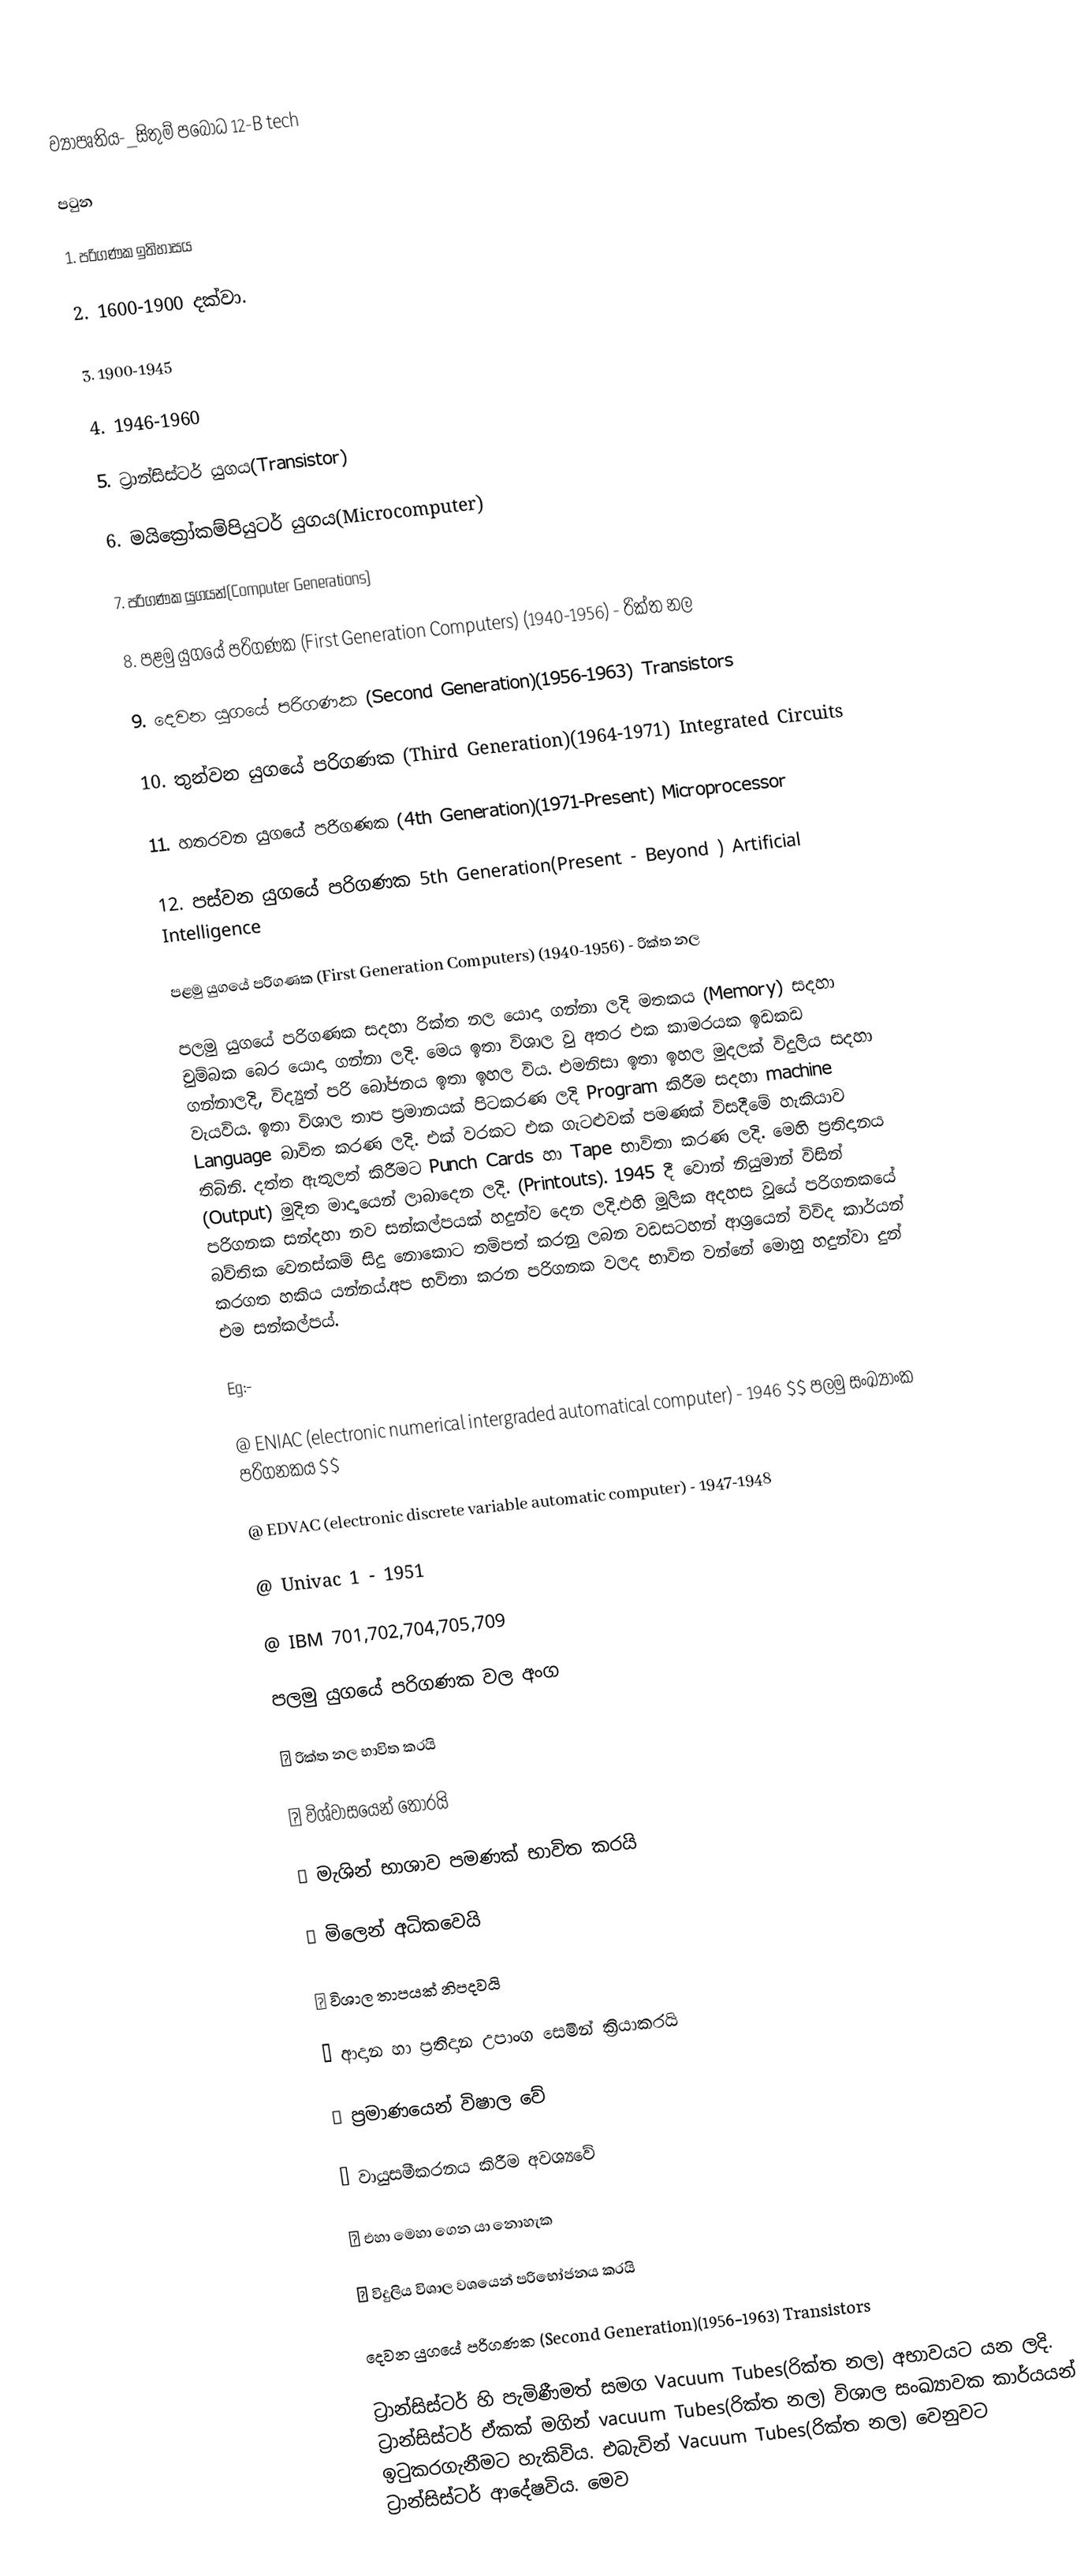
ව්‍යාපෘතිය-_සිතුම් පබෝධ 12-B tech

පටුන

1.  පරිගණක ඉතිහාසය

2.  1600-1900 දක්වා.

3.  1900-1945

4.  1946-1960

5.  ට්‍රාන්සිස්ටර් යුගය(Transistor)

6.  මයික්‍රෝකම්පියුටර් යුගය(Microcomputer)

7.  පරිගණක යුගයන්(Computer Generations)

8.  පළමු යුගයේ පරිගණක (First Generation Computers) (1940-1956) - රික්ත නල

9.  දෙවන යුගයේ පරිගණක (Second Generation)(1956-1963) Transistors

10. තුන්වන යුගයේ පරිගණක (Third Generation)(1964-1971) Integrated Circuits

11. හතරවන යුගයේ පරිගණක (4th Generation)(1971-Present) Microprocessor

12. පස්වන යුගයේ පරිගණක 5th Generation(Present - Beyond ) Artificial Intelligence                                                                                                                    

පළමු යුගයේ පරිගණක (First Generation Computers) (1940-1956) - රික්ත නල

පලමු යුගයේ පරිගණක සදහා රික්ත නල යොදා ගන්නා ලදි මතකය (Memory) සදහා චුම්බක බෙර යොදා ගන්නා ලදි. මෙය ඉතා විශාල වු අතර එක කාමරයක ඉඩකඩ ගන්නාලදි, විද්‍යුත් පරි බෝජනය ඉතා ඉහල විය. එමනිසා ඉතා ඉහල මුදලක් විදුලිය සදහා වැයවිය. ඉතා විශාල තාප ප්‍රමානයක් පිටකරණ ලදි Program කිරීම සදහා machine Language බාවිත කරණ ලදි. එක් වරකට එක ගැටළුවක් පමණක් විසදීමේ හැකියාව තිබිනි. දත්ත ඇතුලත් කිරීමට Punch Cards හා Tape භාවිතා කරණ ලදි. මෙහි ප්‍රතිදානය (Output) මුදිත මාද්‍යයෙන් ලාබාදෙන ලදි. (Printouts). 1945 දී වොන් නියුමාන් විසින් පරිගනක සන්දහා නව සන්කල්පයක් හදුන්ව දෙන ලදි.එහි මූලික අදහස වූයේ පරිගනකයේ බව්තික වෙනස්කම් සිදු නොකොට තම්පත් කරනු ලබන වඩසටහන් ආශ්‍රයෙන් විවිද කාර්යන් කරගත හකිය යන්නය්.අප භවිතා කරන පරිගනක වලද භාවිත වන්නේ මොහු හදුන්වා දුන් එම සන්කල්පය්.

Eg:-

    @ ENIAC (electronic numerical intergraded automatical computer) - 1946 $$ පලමු සංඛ්‍යාංක පරිගනකය $$

    @ EDVAC (electronic discrete variable automatic computer) - 1947-1948

    @ Univac 1 - 1951

     @ IBM 701,702,704,705,709

පලමු යුගයේ පරිගණක වල අංග

⦁    රික්ත නල භාවිත කරයි

⦁    විශ්වාසයෙන් තොරයි

⦁    මැශින් භාශාව පමණක් භාවිත කරයි

⦁    මිලෙන් අධිකවෙයි

⦁    විශාල තාපයක් නිපදවයි

⦁    ආදාන හා ප්‍රතිදාන උපාංග සෙමින් ක්‍රියාකරයි

⦁    ප්‍රමාණයෙන් විෂාල වේ

⦁    වායුසමීකරනය කිරීම අවශ්‍යවේ

⦁    එහා මෙහා ගෙන යා නොහැක

⦁    විදුලිය විශාල වශයෙන් පරිභෝජනය කරයි

දෙවන යුගයේ පරිගණක (Second Generation)(1956-1963) Transistors

ට්‍රාන්සිස්ටර් හි පැමිණීමත් සමග Vacuum Tubes(රික්ත නල) අභාවයට යන ලදි. ට්‍රාන්සිස්ටර් ඒකක් මගින් vacuum Tubes(රික්ත නල) විශාල සංඛ්‍යාවක කාර්යයන් ඉටුකරගැනීමට හැකිවිය. එබැවින් Vacuum Tubes(රික්ත නල) වෙනුවට ට්‍රාන්සිස්ටර් ආදේෂවිය. මෙව